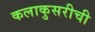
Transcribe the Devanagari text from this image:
कलाकुसरीची